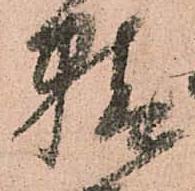
精